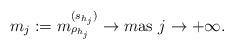
LaTeX: \begin{align*} m_j := m^{(s_{h_j})}_{\rho_{h_j}} \to m \mbox{as } j \to +\infty. \end{align*}